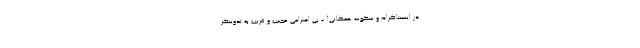
در اینستاگرام و سکوت همگانی! - بی احترامی عجیب و غریب به تدوینگر